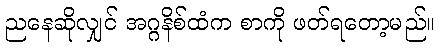
ညနေဆိုလျှင် အဂ္ဂနိစ်ထံက စာကို ဖတ်ရတော့မည်။